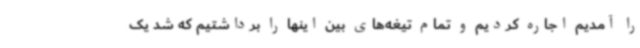
را آمدیم اجاره کردیم و تمام تیغه‌های بین اینها را برداشتیم که شد یک